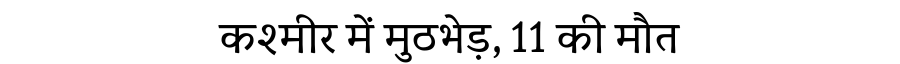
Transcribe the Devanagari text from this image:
कश्मीर में मुठभेड़, 11 की मौत